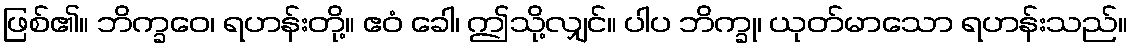
ဖြစ်၏။ ဘိက္ခဝေ၊ ရဟန်းတို့။ ဧဝံ ခေါ၊ ဤသို့လျှင်။ ပါပ ဘိက္ခု၊ ယုတ်မာသော ရဟန်းသည်။